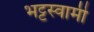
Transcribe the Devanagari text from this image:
भट्टस्वामी